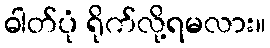
ဓါတ်ပုံ ရိုက်လို့ရမလား။